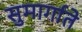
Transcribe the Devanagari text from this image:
सुमार्गाते